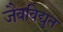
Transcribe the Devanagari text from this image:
जैवविद्युत